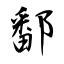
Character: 鄱